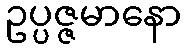
ဥပ္ပဇ္ဇမာနော